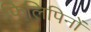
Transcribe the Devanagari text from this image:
फिलिपिनों